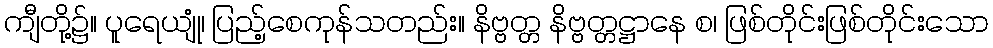
ကျီတို့၌။ ပူရေယျုံ၊ ပြည့်စေကုန်သတည်း။ နိဗ္ဗတ္တ နိဗ္ဗတ္တဋ္ဌာနေ စ၊ ဖြစ်တိုင်းဖြစ်တိုင်းသော